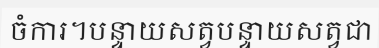
ចំការ។បន្ទាយសត្វបន្ទាយសត្វជា